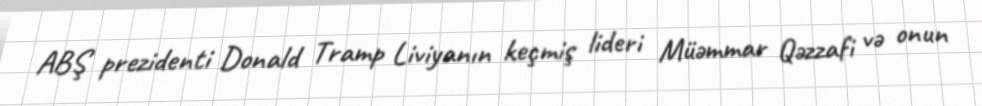
ABŞ prezidenti Donald Tramp Liviyanın keçmiş lideri Müəmmar Qəzzafi və onun